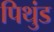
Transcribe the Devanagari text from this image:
पिथुंड